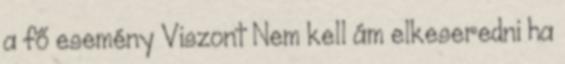
a fő esemény Viszont Nem kell ám elkeseredni ha